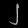
Digit: ၂